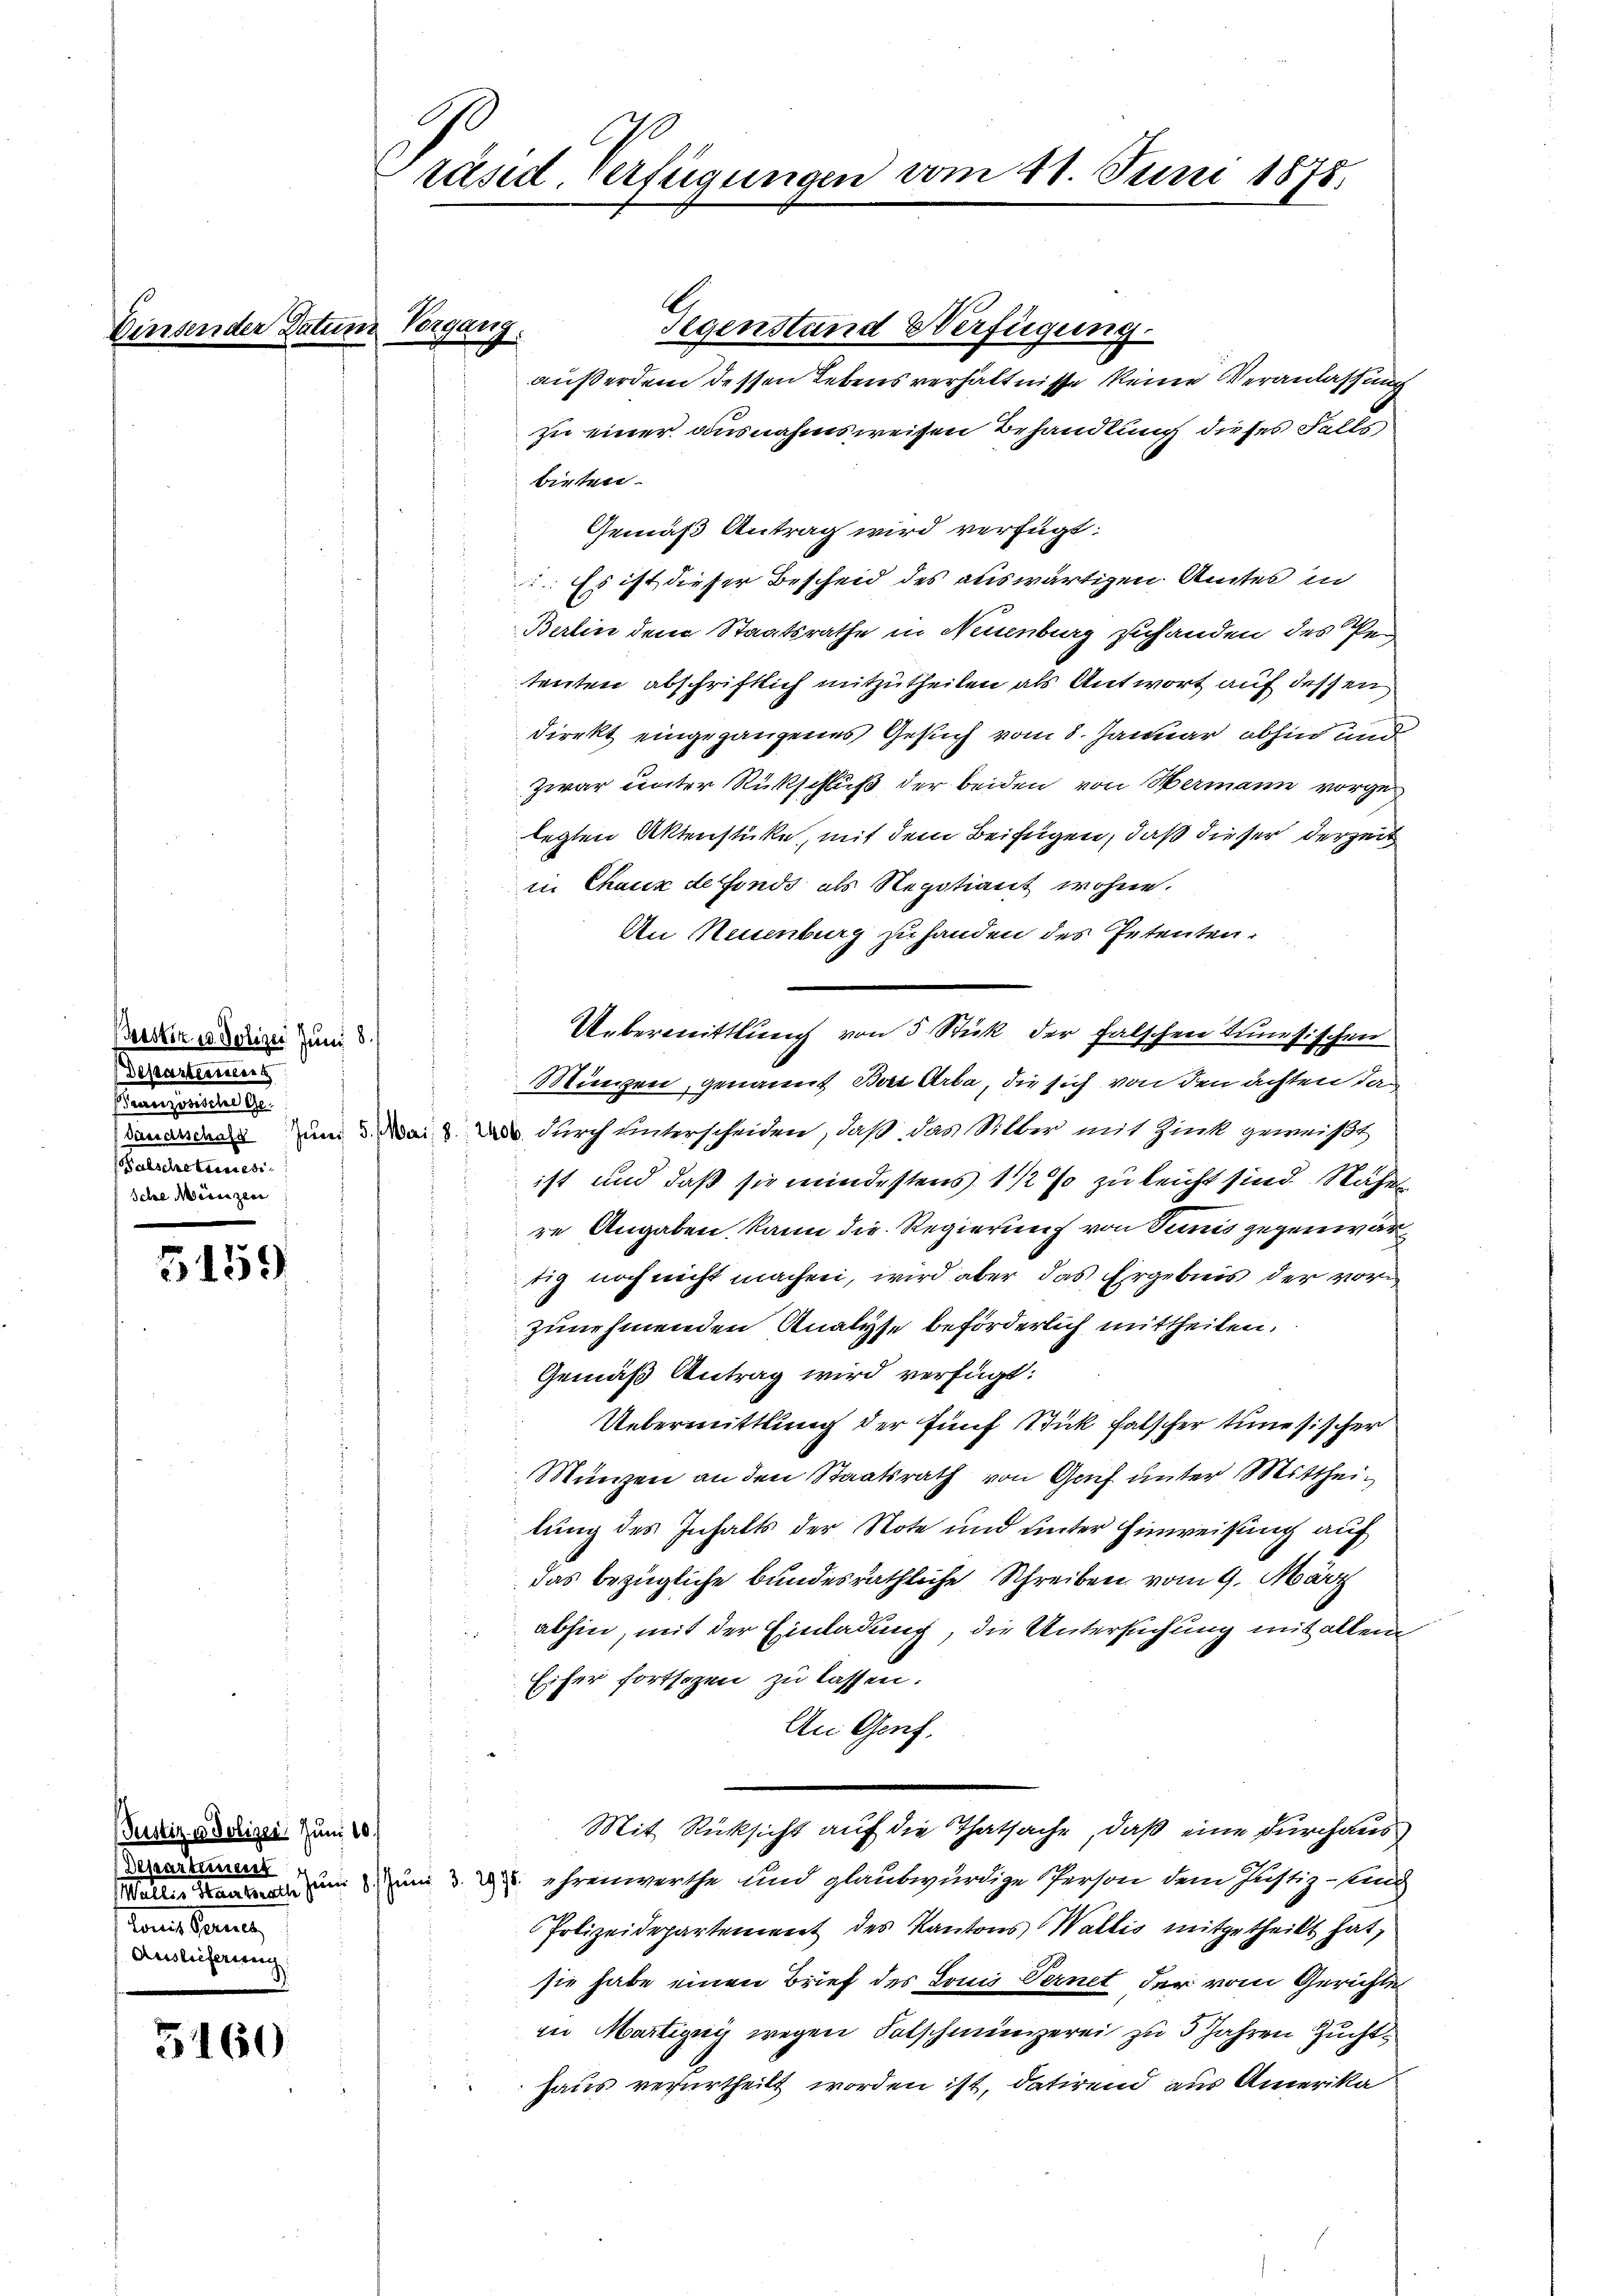
Beistik u. Polizei Juni 8.
Departernens
eangeleitung.
alsche tessesi¬
Iche Mariezen

5159

Pustiz- & Polizei, Juni 10.
Departement
Louis Berne,
Auslieferung

5460

räsid. Verfügungen vom 11. Juni 1878.

Gegenstand Verfügung.
außerdem dessen Lebens verhältnisse keine Veranlassung
zu einer ausnahmsweisen Behandlung dieses Falls
bieten.
Gemäß Antrag wird verfügt:
. Es ist dieser Bescheid des auswärtigen Amtes in
Berlin dem Staatsrathe in Neuenburg zuhanden des Pen
tenten abschriftlich mitzutheilen als Antwort auf dessen
direkt eingegangenes Gesuch vom 8. Januar abhin und
Zwar unter Rückschluß der beiden von Hermann vorge
legten Aktenstücke, mit dem Beifügen, daß dieser derzeit
in Chaux de fonds als Negotiant wohne.
An Neuenburg zu handen des Petenten-
Uebermittlung von 5 Stick der falschen Tunesischen
Münzen, genannt Bern Arba, die sich von den achten da
vaudrang zum d. Mai. u. durch unterscheiden, daß das Silber mit Zink geweißt
ist und daß sie mindestens 1 1/2 % zu leicht sind. Nähe
re Angaben kann die Regierung von Tunis gegenwärt
tig noch nicht machen, wird aber das Ergebnis der vor
s
zunehmenden Analyse beförderlich mittheilen,
Gemäß Antrag wird verfügt:
Uebermittlung der fünf Stick falscher tunesischer
s
i
Münzen an den Staatsrath von Genf unter Mittheilung des Inhalts der Note und unter Hinweisung auf
das bezügliche bundesräthliche Schreiben vom 9. März
abhin, mit der Einladung, die Untersuchung mit allem
Eifer fortsezen zu lassen.
An Genf.
Mit Rücksicht auf die Thatsache, daß eine Durchaus
Wallis um um   ehrenwerthe und glaubwürdige Person dem Justiz-Kind
Polizeidepartement des Kantons Wallis mitgetheilt hat,
sie habe einen Brief des Lonii Vernet der vom Gerichte
in Martigny wegen Falschmünzerei zu 5 Jahren Zucht¬
Haus verurtheilt worden ist, datirend aus Amerika

de Vergang.